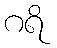
ဂရိ